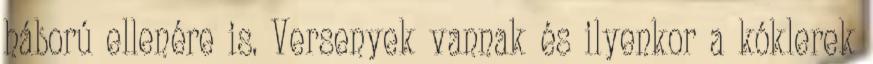
háború ellenére is. Versenyek vannak és ilyenkor a kóklerek